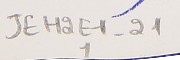
JEH2E1-211